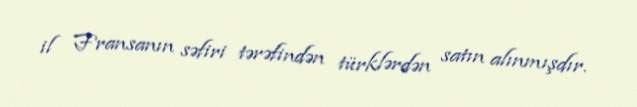
il Fransanın səfiri tərəfindən türklərdən satın alınmışdır.